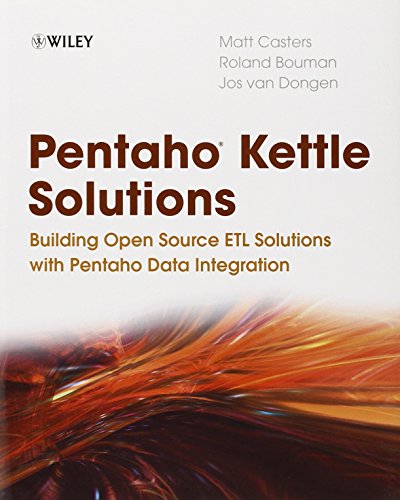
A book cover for Pentaho Kettle Solutions: Building Open Source ETL Solutions with Pentaho Data Integration; Matt Casters; Computers & Technology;